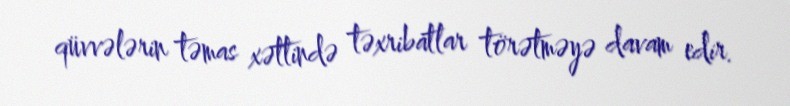
qüvvələrin təmas xəttində təxribatlar törətməyə davam edir.